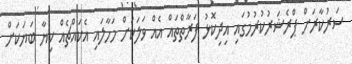
ސަރުކާރަށް ޕްރެޝަރުކުރުމުގައި އިދިކޮޅު ފަރާތްތައް އެއް ވަލަކަށް މަހާލައި އެކައްޗެއް ކިޔާ ބަޔަކަށް